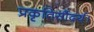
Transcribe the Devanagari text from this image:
प्रकृतिसौंदर्य।